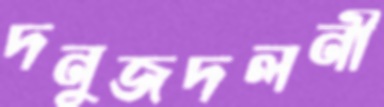
দনুজদলনী